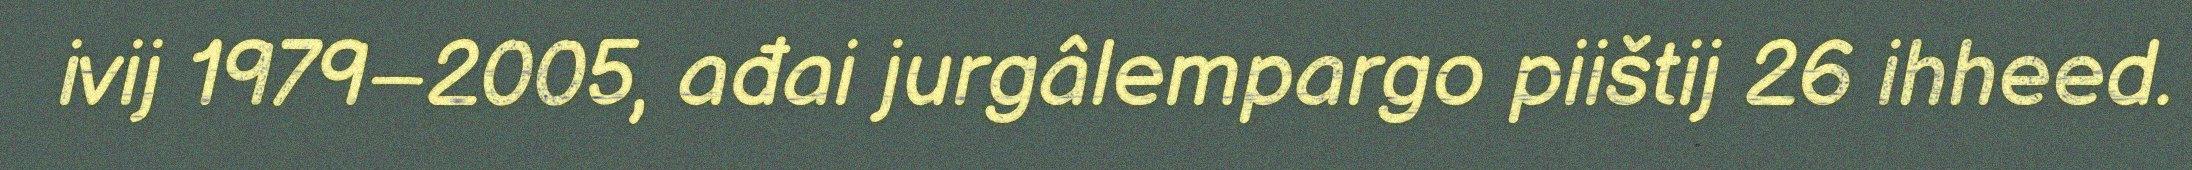
ivij 1979–2005, ađai jurgâlempargo piištij 26 ihheed.